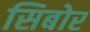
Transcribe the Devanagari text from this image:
सिबोर